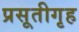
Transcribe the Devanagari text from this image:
प्रसूतीगृह